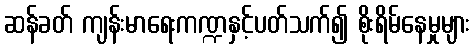
ဆန်ခတ် ကျန်းမာရေးကဏ္ဍနှင့်ပတ်သက်၍ စိုးရိမ်နေမှုများ